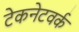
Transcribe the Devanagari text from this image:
टेकनेटवर्क